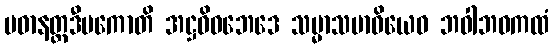
ပဓာနတ္ထဒီပကောတိ အဋ္ဌဝိဓဘေဒေ သမ္မာသမာဓိယေဝ ဘဝါဘဝကထံ